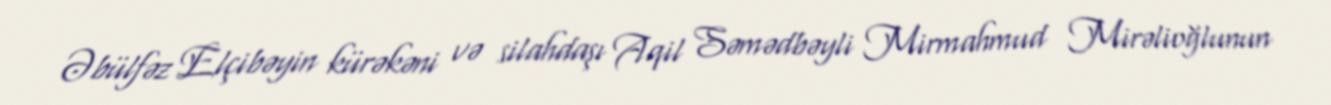
Əbülfəz Elçibəyin kürəkəni və silahdaşı Aqil Səmədbəyli Mirmahmud Mirəlioğlunun